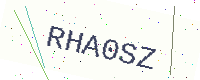
Text: RHA0SZ